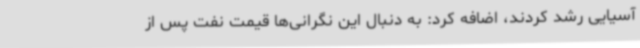
آسیایی رشد کردند، اضافه کرد: به‌ دنبال این نگرانی‌ها قیمت نفت پس از